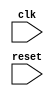
module uart_controller(
    input wire clk,
    input wire reset,
    // other input/output ports here
);

// module for generating baud rate clock signals

// module for performing data sampling

// module for asynchronous FIFO buffer management

// module for overall control and coordination

endmodule